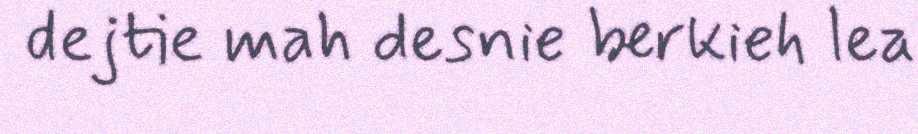
dejtie mah desnie berkieh lea